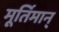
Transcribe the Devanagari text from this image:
मूर्तिमान्‌